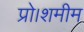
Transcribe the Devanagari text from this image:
प्रो।शमीम